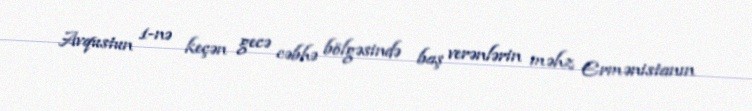
Avqustun 1-nə keçən gecə cəbhə bölgəsində baş verənlərin məhz Ermənistanın